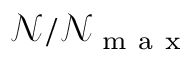
\mathcal { N } / \mathcal { N } _ { \mathrm { ~ m ~ a ~ x ~ } }